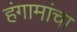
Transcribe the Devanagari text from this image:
हंगामांचा